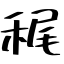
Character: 䅏